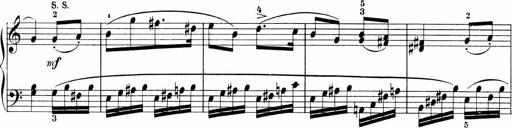
Title: 3 Sonatinas
Composer: Carl Reinecke